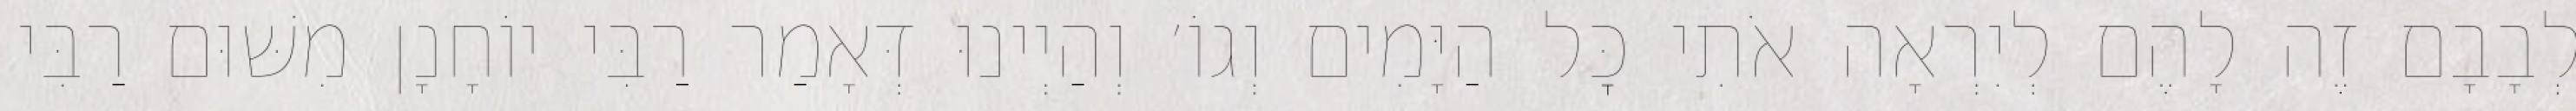
לְבָבָם זֶה לָהֶם לְיִרְאָה אֹתִי כׇּל הַיָּמִים וְגוֹ׳ וְהַיְינוּ דְּאָמַר רַבִּי יוֹחָנָן מִשּׁוּם רַבִּי